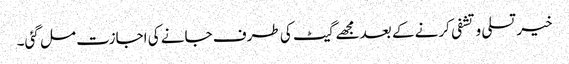
خیر تسلی و تشفی کرنے کے بعد مجھے گیٹ کی طرف جانے کی اجازت مل گئی۔